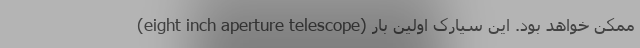
(eight inch aperture telescope) ممکن خواهد بود. این سیارک اولین بار